Annual statistical returns and brief notes on vaccination in Bengal - 1909-1929
Year: 1909
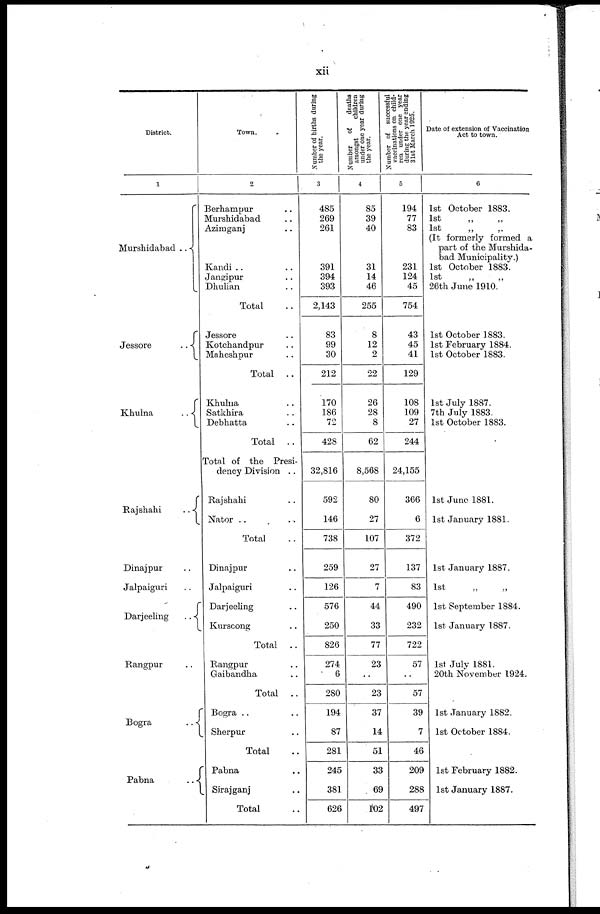
xii
District.
1
Murshidabad ..
Jessore
..
Khulna
..
Rajshahi
..
Dinajpur ..
Jalpaiguri ..
Darjeeling
..
Rangpur ..
Bogra
..
Pabna
..
Town.
2
Berhampur ..
Murshidabad ..
Azimganj ..
Kandi ..
Jangipur ..
Dhulian ..
Total ..
Jessore ..
Kotchandpur ..
Maheshpur ..
Total ..
Khulna ..
Satkhira ..
Debhatta ..
Total ..
Total of the Presi-
dency Division ..
Rajshahi ..
Nator ..
Total ..
Dinajpur ..
Jalpaiguri ..
Darjeeling ..
Kurseong ..
Total ..
Rangpur ..
Gaibandha ..
Total ..
Bogra ..
Sherpur ..
Total ..
Pabna ..
Sirajganj ..
Total ..
Number of births during
the year.
3
485
269
261
391
394
393
2,143
83
99
30
212
170
186
72
428
32,816
592
146
738
259
126
576
250
826
274
6
280
194
87
281
245
381
626
Number
of
deaths
amongst
children
under one year during
the year.
4
85
39
40
31
14
46
255
8
12
2
22
26
28
8
62
8,568
80
27
107
27
7
44
33
77
23
..
23
37
14
51
33
69
102
Number of successful
vaccinations on child-
ren under one year
during the year ending
31st March 1025.
5
194
77
83
231
124
45
754
43
45
41
129
108
109
27
244
24,155
366
6
372
137
83
490
232
722
57
..
57
39
7
46
209
288
497
Date of extension of Vaccination
Act to town.
6
1st October 1883.
1st
„
„
1st „ „
(It formerly formed a
part of the Murshida-
bad Municipality.)
1st October 1883.
1st
„
„
26th June 1910.
1st October 1883.
1st February 1884.
1st October 1883.
1st July 1887.
7th July 1883.
1st October 1883.
1st June 1881.
1st January 1881.
1st January 1887.
1st
„
„
1st September 1884.
1st January 1887.
1st July 1881.
20th November 1924.
1st January 1882.
1st October 1884.
1st February 1882.
1st January 1887.